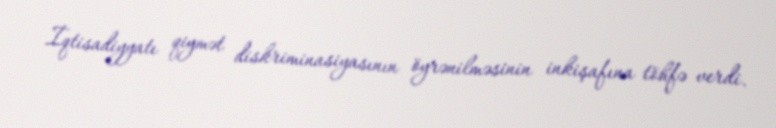
İqtisadiyyatı qiymət diskriminasiyasının öyrənilməsinin inkişafına töhfə verdi.